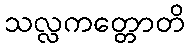
သလ္လကတ္တောတိ